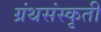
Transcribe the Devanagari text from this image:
ग्रंथसंस्कृती